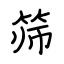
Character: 筛